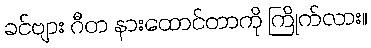
ခင်ဗျား ဂီတ နားထောင်တာကို ကြိုက်လား။